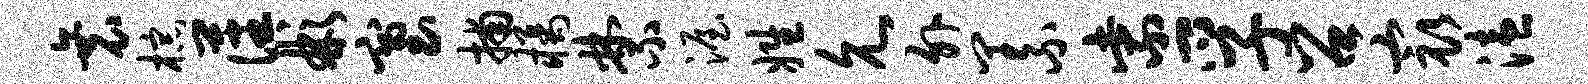
衰棕藩彬塞捕橘禁渥姓允外义紫孚召最溘